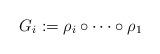
LaTeX: \begin{align*}G_i := \rho_i \circ \cdots \circ \rho_{1}\end{align*}